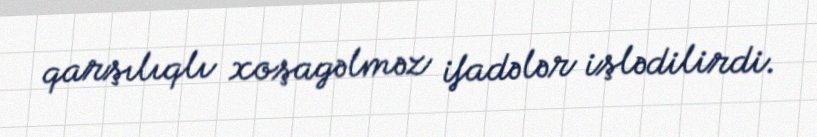
qarşılıqlı xoşagəlməz ifadələr işlədilirdi.